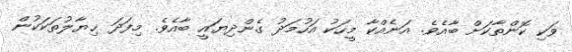
ވަކި ކޮންތާކަށް ބާއެވެ. އަނެއްކާ މީހަކު އަހުމަދު ގެންދިޔައީ ބާއެވެ. މިފަދަ ޚިޔާލުތަކަކުން